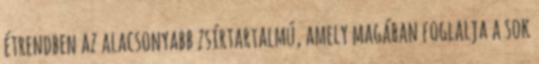
étrendben az alacsonyabb zsírtartalmú, amely magában foglalja a sok